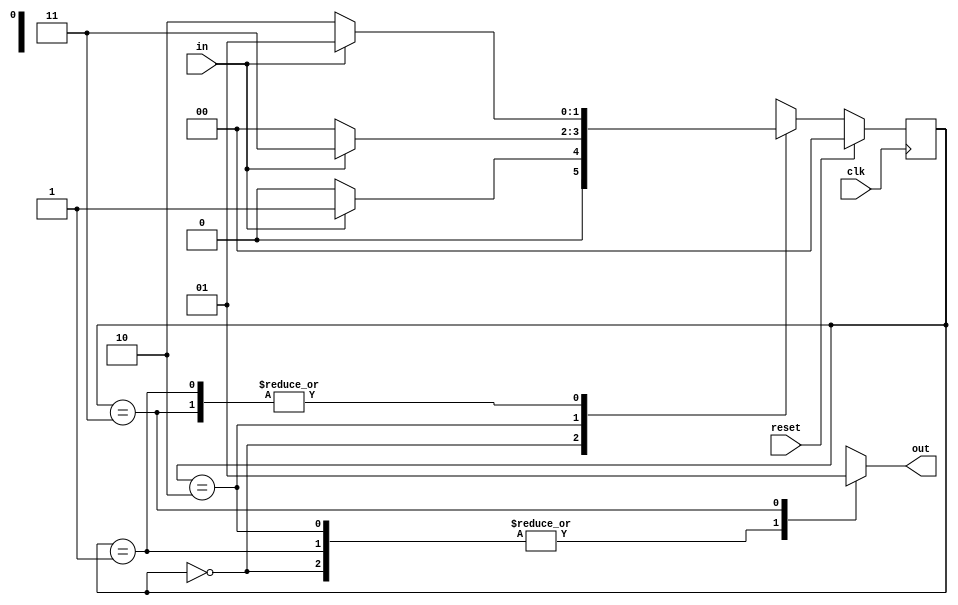
module top_module(
    input clk,
    input in,
    input reset,
    output out);
	
    parameter A=2'd0, B=2'd1, C=2'd2, D=2'd3;
    reg [1:0] state,next_state;
    
    // State transition logic
	always@(state,in)
        begin
            case(state)
                A: next_state = in ? B:A;
               	B: next_state = in ? B:C;
                C: next_state = in ? D:A;
                D: next_state = in ? B:C;
            endcase
        end
    
    // State flip-flops with synchronous reset
	always@(posedge clk)
        begin
            if(reset)
                begin
                	state = A;
                end
            else
                state <= next_state;
        end
    
    // Output logic
	always@(state)
        begin
            case(state)
                A: out <= 1'b0;
               	B: out <= 1'b0;
                C: out <= 1'b0;
                D: out <= 1'b1;
                default: out <= 1'b0;
            endcase
        end
    
endmodule